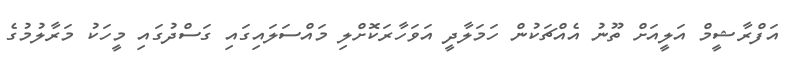
އަފްރާޝީމް އަލީއަށް ތޫނު އެއްޗަކުން ހަމަލާދީ އަވަހާރަކޮށްލި މައްސަލައިގައި ގަސްދުގައި މީހަކު މަރާލުމުގެ